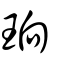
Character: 珦